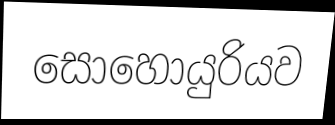
සොහොයුරියව